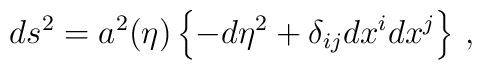
ds^2 = a^2(\eta) \left\{ -d\eta^2 + \delta_{ij}dx^idx^j \right\} \, ,